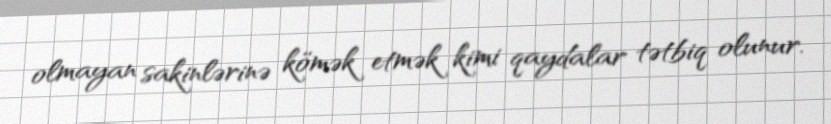
olmayan sakinlərinə kömək etmək kimi qaydalar tətbiq olunur.